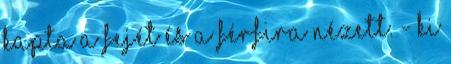
kapta a fejét és a férfira nézett. - Ki